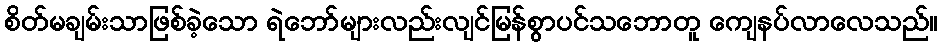
စိတ်မချမ်းသာဖြစ်ခဲ့သော ရဲဘော်များလည်းလျင်မြန်စွာပင်သဘောတူ ကျေနပ်လာလေသည်။